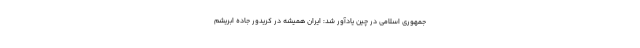
جمهوری اسلامی در چین یادآور شد: ایران همیشه در کریدور جاده ابریشم